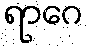
ရာဂေ